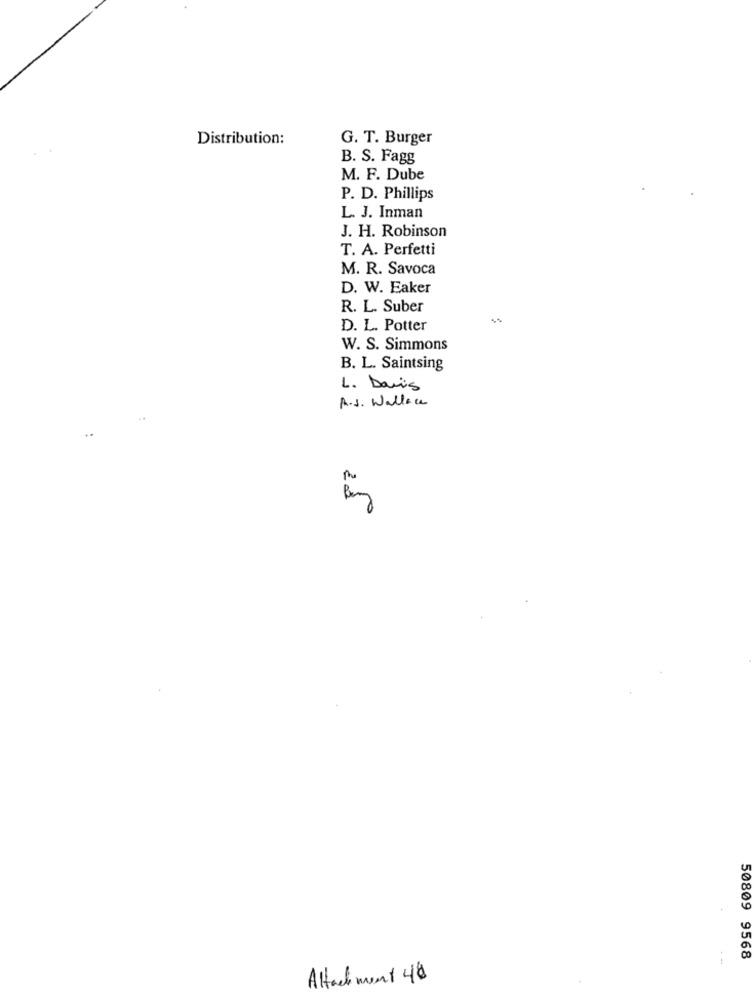
Distribution:
G. T. Burger
B. S. Fagg
M. F. Dube
P. D. Phillips
L. J. Inman
J. H. Robinson
T. A. Perfetti
M. R. Savoca
D. W. Eaker
R. L. Suber
D. L. Potter
W. S. Simmons
B. L. Saintsing
L. Davis
A.J. Waller
..
250
50809 9568
Attachment 48